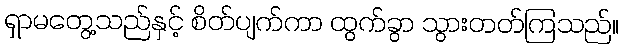
ရှာမတွေ့သည်နှင့် စိတ်ပျက်ကာ ထွက်ခွာ သွားတတ်ကြသည်။